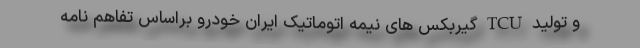
و تولید TCU گیربکس های نیمه اتوماتیک ایران خودرو براساس تفاهم نامه